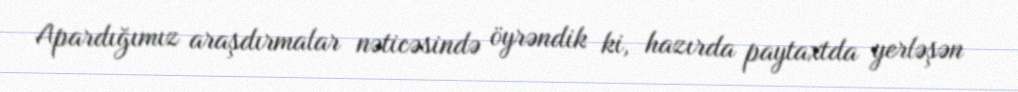
Apardığımız araşdırmalar nəticəsində öyrəndik ki, hazırda paytaxtda yerləşən